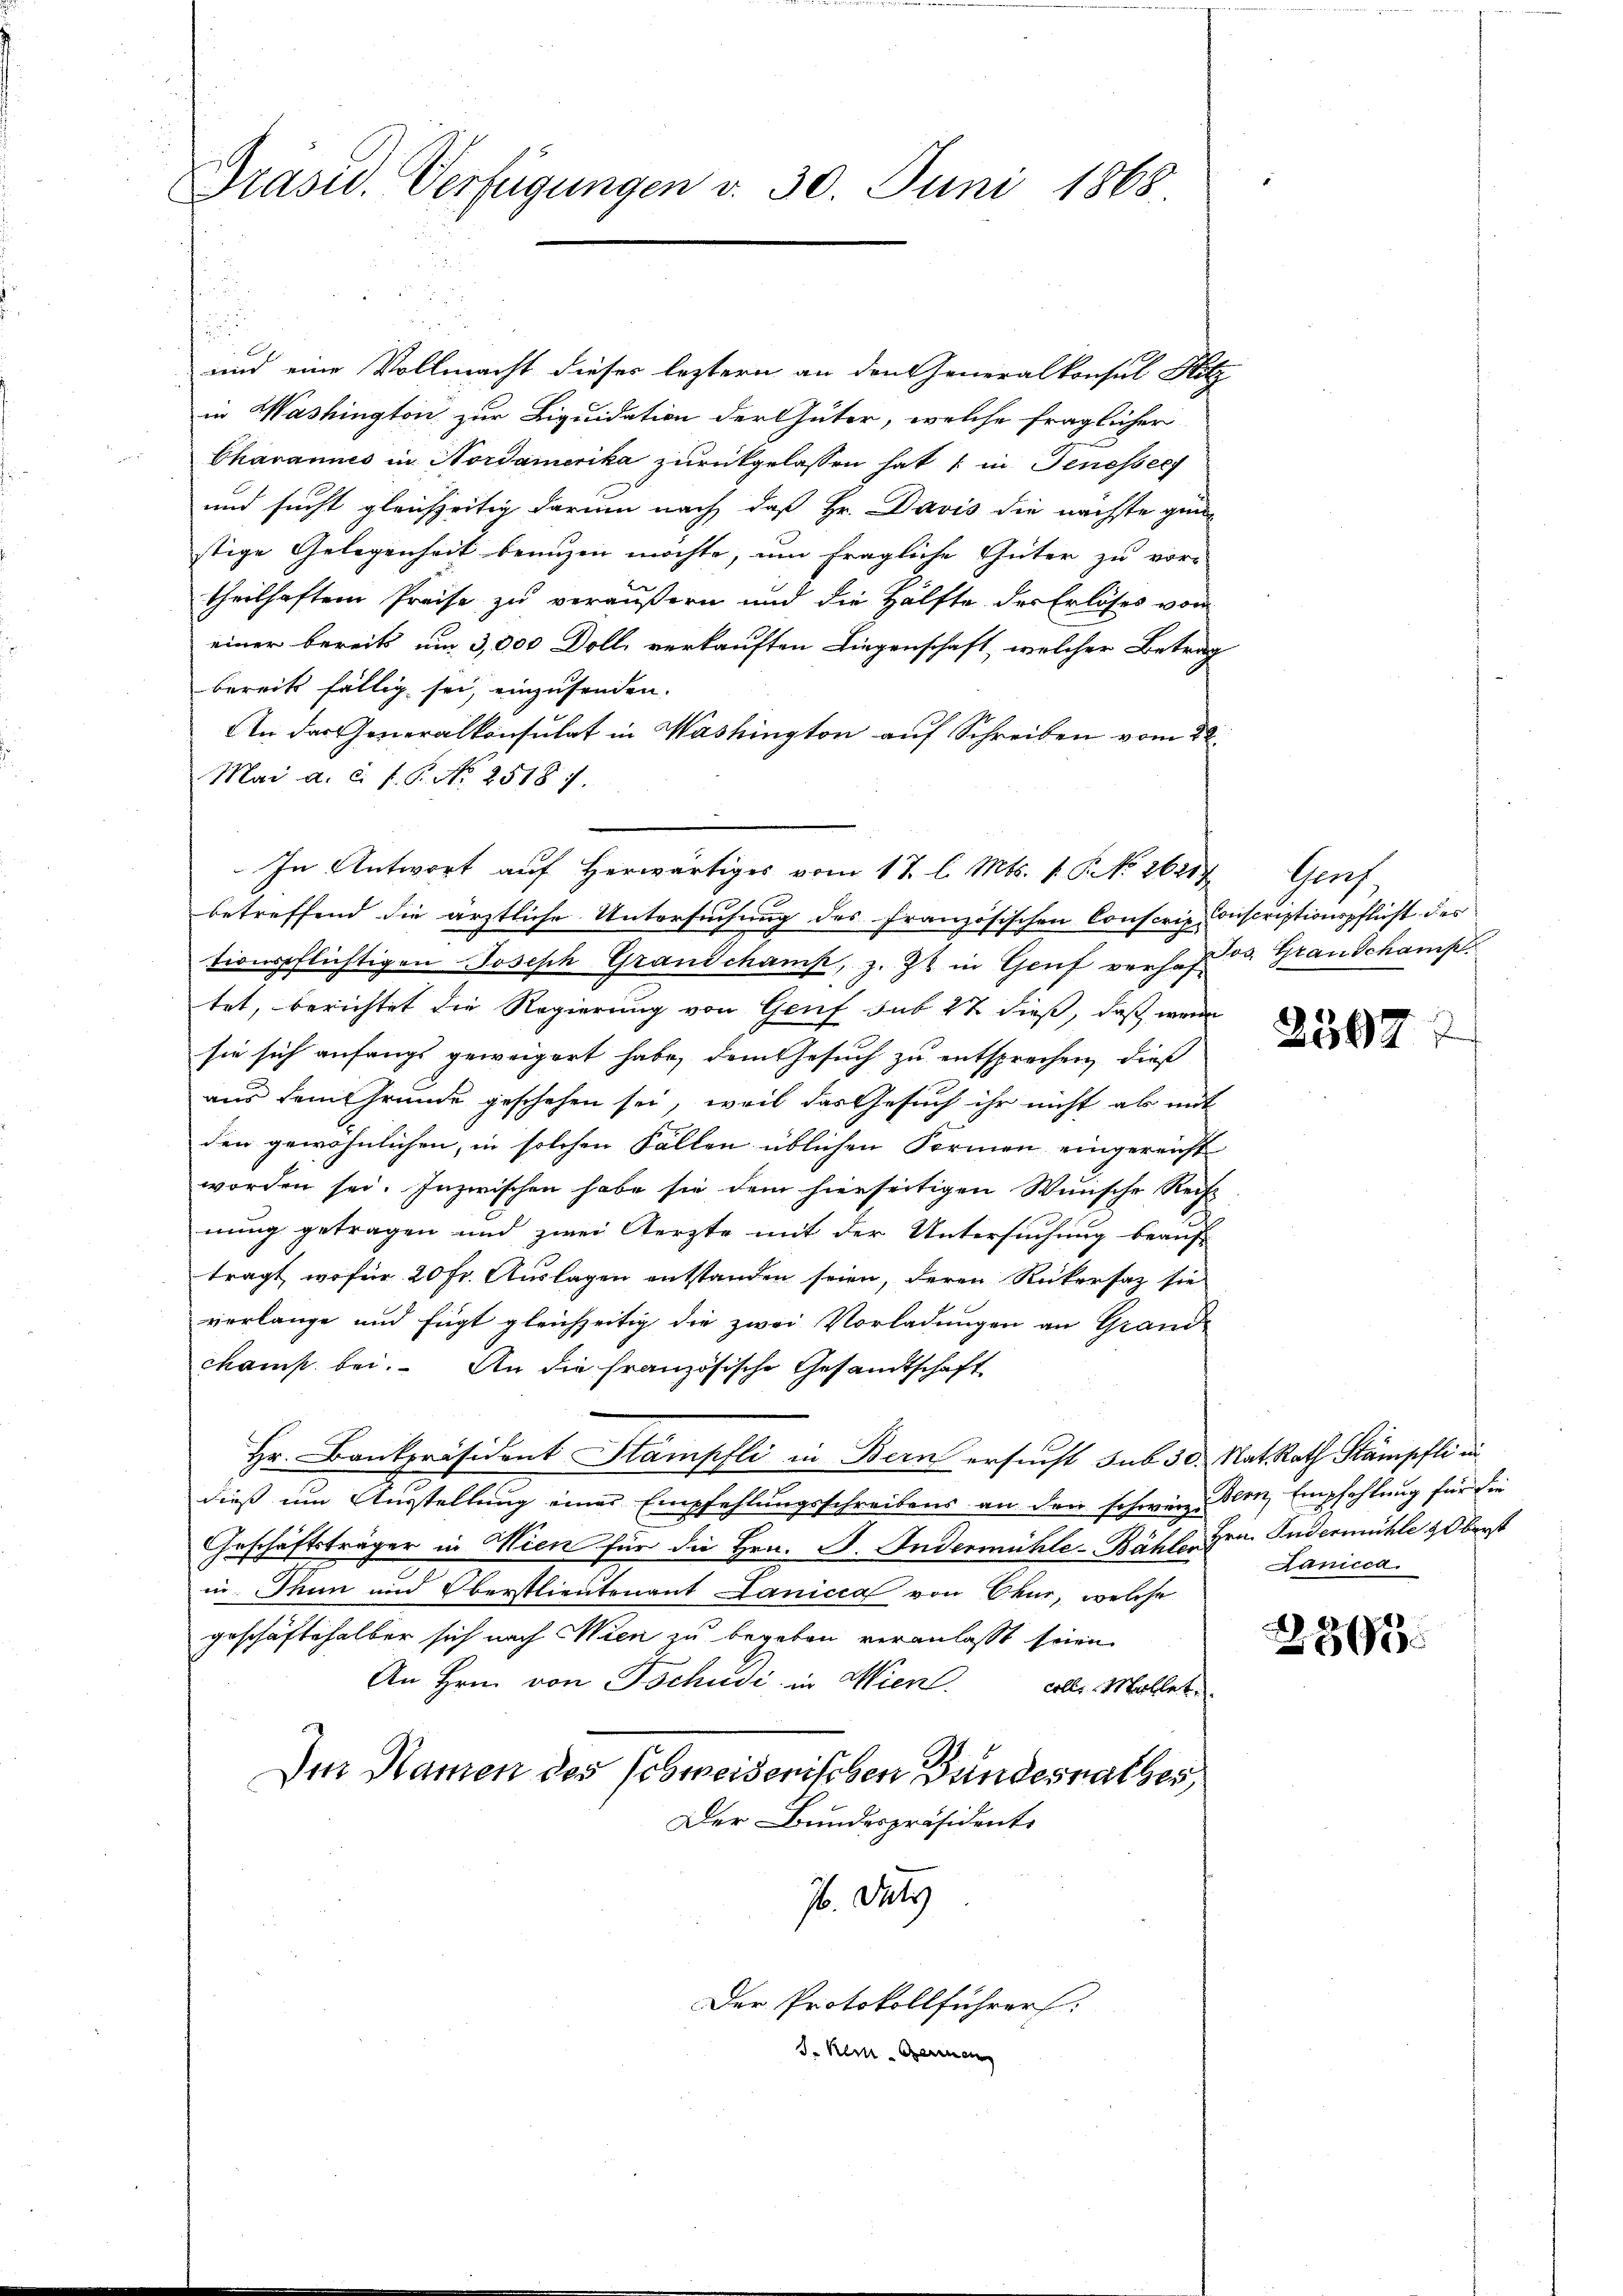
Prasid. Verfügungen d. 30. Juni 1868.

und eine Vollmacht dieser leztern an den Generalkonsul Hitz
in Washington zur Liquidation der Güter, welche fraglicher
Chavannes in Nordamerika zurückgelassen hat ; in Genesser
und sucht gleichzeitig darum nach daß Hr. Davis die nächste gün-
stige Gelegenheit benuzen möchte, um fragliche Güter zu vor-
theilhaften Preise zu veräußern und die Hälfte des Erlöses vom
einer bereits um 3,000 Doll, verkauften Liegenschaft, welcher Betrag
bereits fällig sei, einzusenden.
An das Generalkonsulat in Washington auf Schreiben vom 22.
Mai a. c. f. 6. No 2518).
In Antwort auf herwärtiges vom 17. l. Mts. 1. P. Nr. 16217. Genf
betreffend die ärztliche Untersuchung des französischen Conscrip Inscriptionspflicht des
tionspflichtigen Joseph Grandchamp, z. Zt. in Genf verhof od. Grau Schamp
tet, berichtet die Regierung von Genf sub 27 dieß, daß wenn
sie sich anfangs geweigert habe, dem Gesuch zu entsprechen, dieß
aus dem Grunde geschehen sei, weil das Gesuch ihr nicht ab mit
den gewöhnlichen, in solchen Fallen üblichen Formen eingereicht
worden sei. Inzwischen habe sie dem hierseitigen Wunsche Recht
nung getragen und zwei Aerzte mit der Untersuchung beauf-
tragt, wofür 20 fr. Auslagen entstanden seien, deren Rükersaz sie
verlange und fügt gleichzeitig die zwei Vorladungen an Grand-
ckamp bei. An die französische Gesandtschaft
Hr. Bankpräsident Stampfli in Bern ersucht sub 30. Rat Rath Stämpfli un
dieß um Ausstellung einer Empfehlungsschreibens an den schwere Bern, Empfehlung für die
Geschäftsträger in Wien für die Hrn. F. Indermühle-Bähler Hrn. Andermühle & Oberst
in. Thun und Oberstlieutenant Lanicia von Chur, welche
geschäftshalber sich nach Wien zu begeben veranlasst seien
An Hrn. von Tschudi in Wien. Als Mallet
Der Namen des Schweisenischen Bundesrathes,
Der Bundespräsidente
7. July
Der Protokollführers.
d. Kein Gemein

2597

Lanicca

2366.